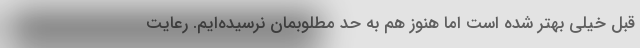
قبل خیلی بهتر شده است اما هنوز هم به حد مطلوبمان نرسیده‌ایم‌. رعایت